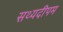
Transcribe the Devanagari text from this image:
सथ्यदीपम